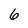
Character: 6